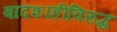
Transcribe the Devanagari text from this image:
बादशाहीविरुद्ध